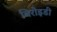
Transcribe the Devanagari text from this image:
बिरोइडी